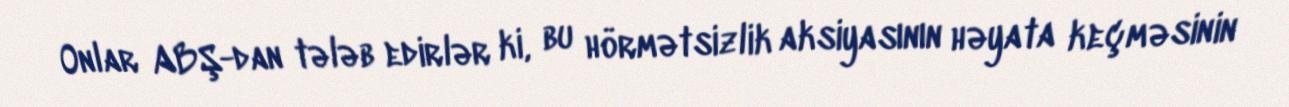
Onlar ABŞ-dan tələb edirlər ki, bu hörmətsizlik aksiyasının həyata keçməsinin